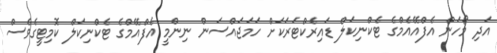
އަދި މޯހަން އެފްއޭއެމްގެ ޓެކްނިކަލް ޑައިރެކްޓަރަކަށް ހަމަޖައްސަން ނިންމީ އެފްއޭމްގެ ޓެކްނިކަލް ކޮމިޓީގެވެސް